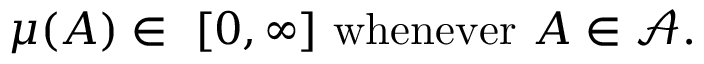
\mu ( A ) \in \ [ 0 , \infty ] { \mathrm { ~ w h e n e v e r ~ } } A \in { \mathcal { A } } .